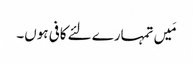
مَیں تمہارے لئے کافی ہوں۔